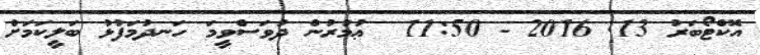
އޮކްޓޯބަރު 13